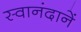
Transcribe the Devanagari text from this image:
स्वानंदानें